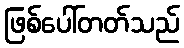
ဖြစ်ပေါ်တတ်သည်